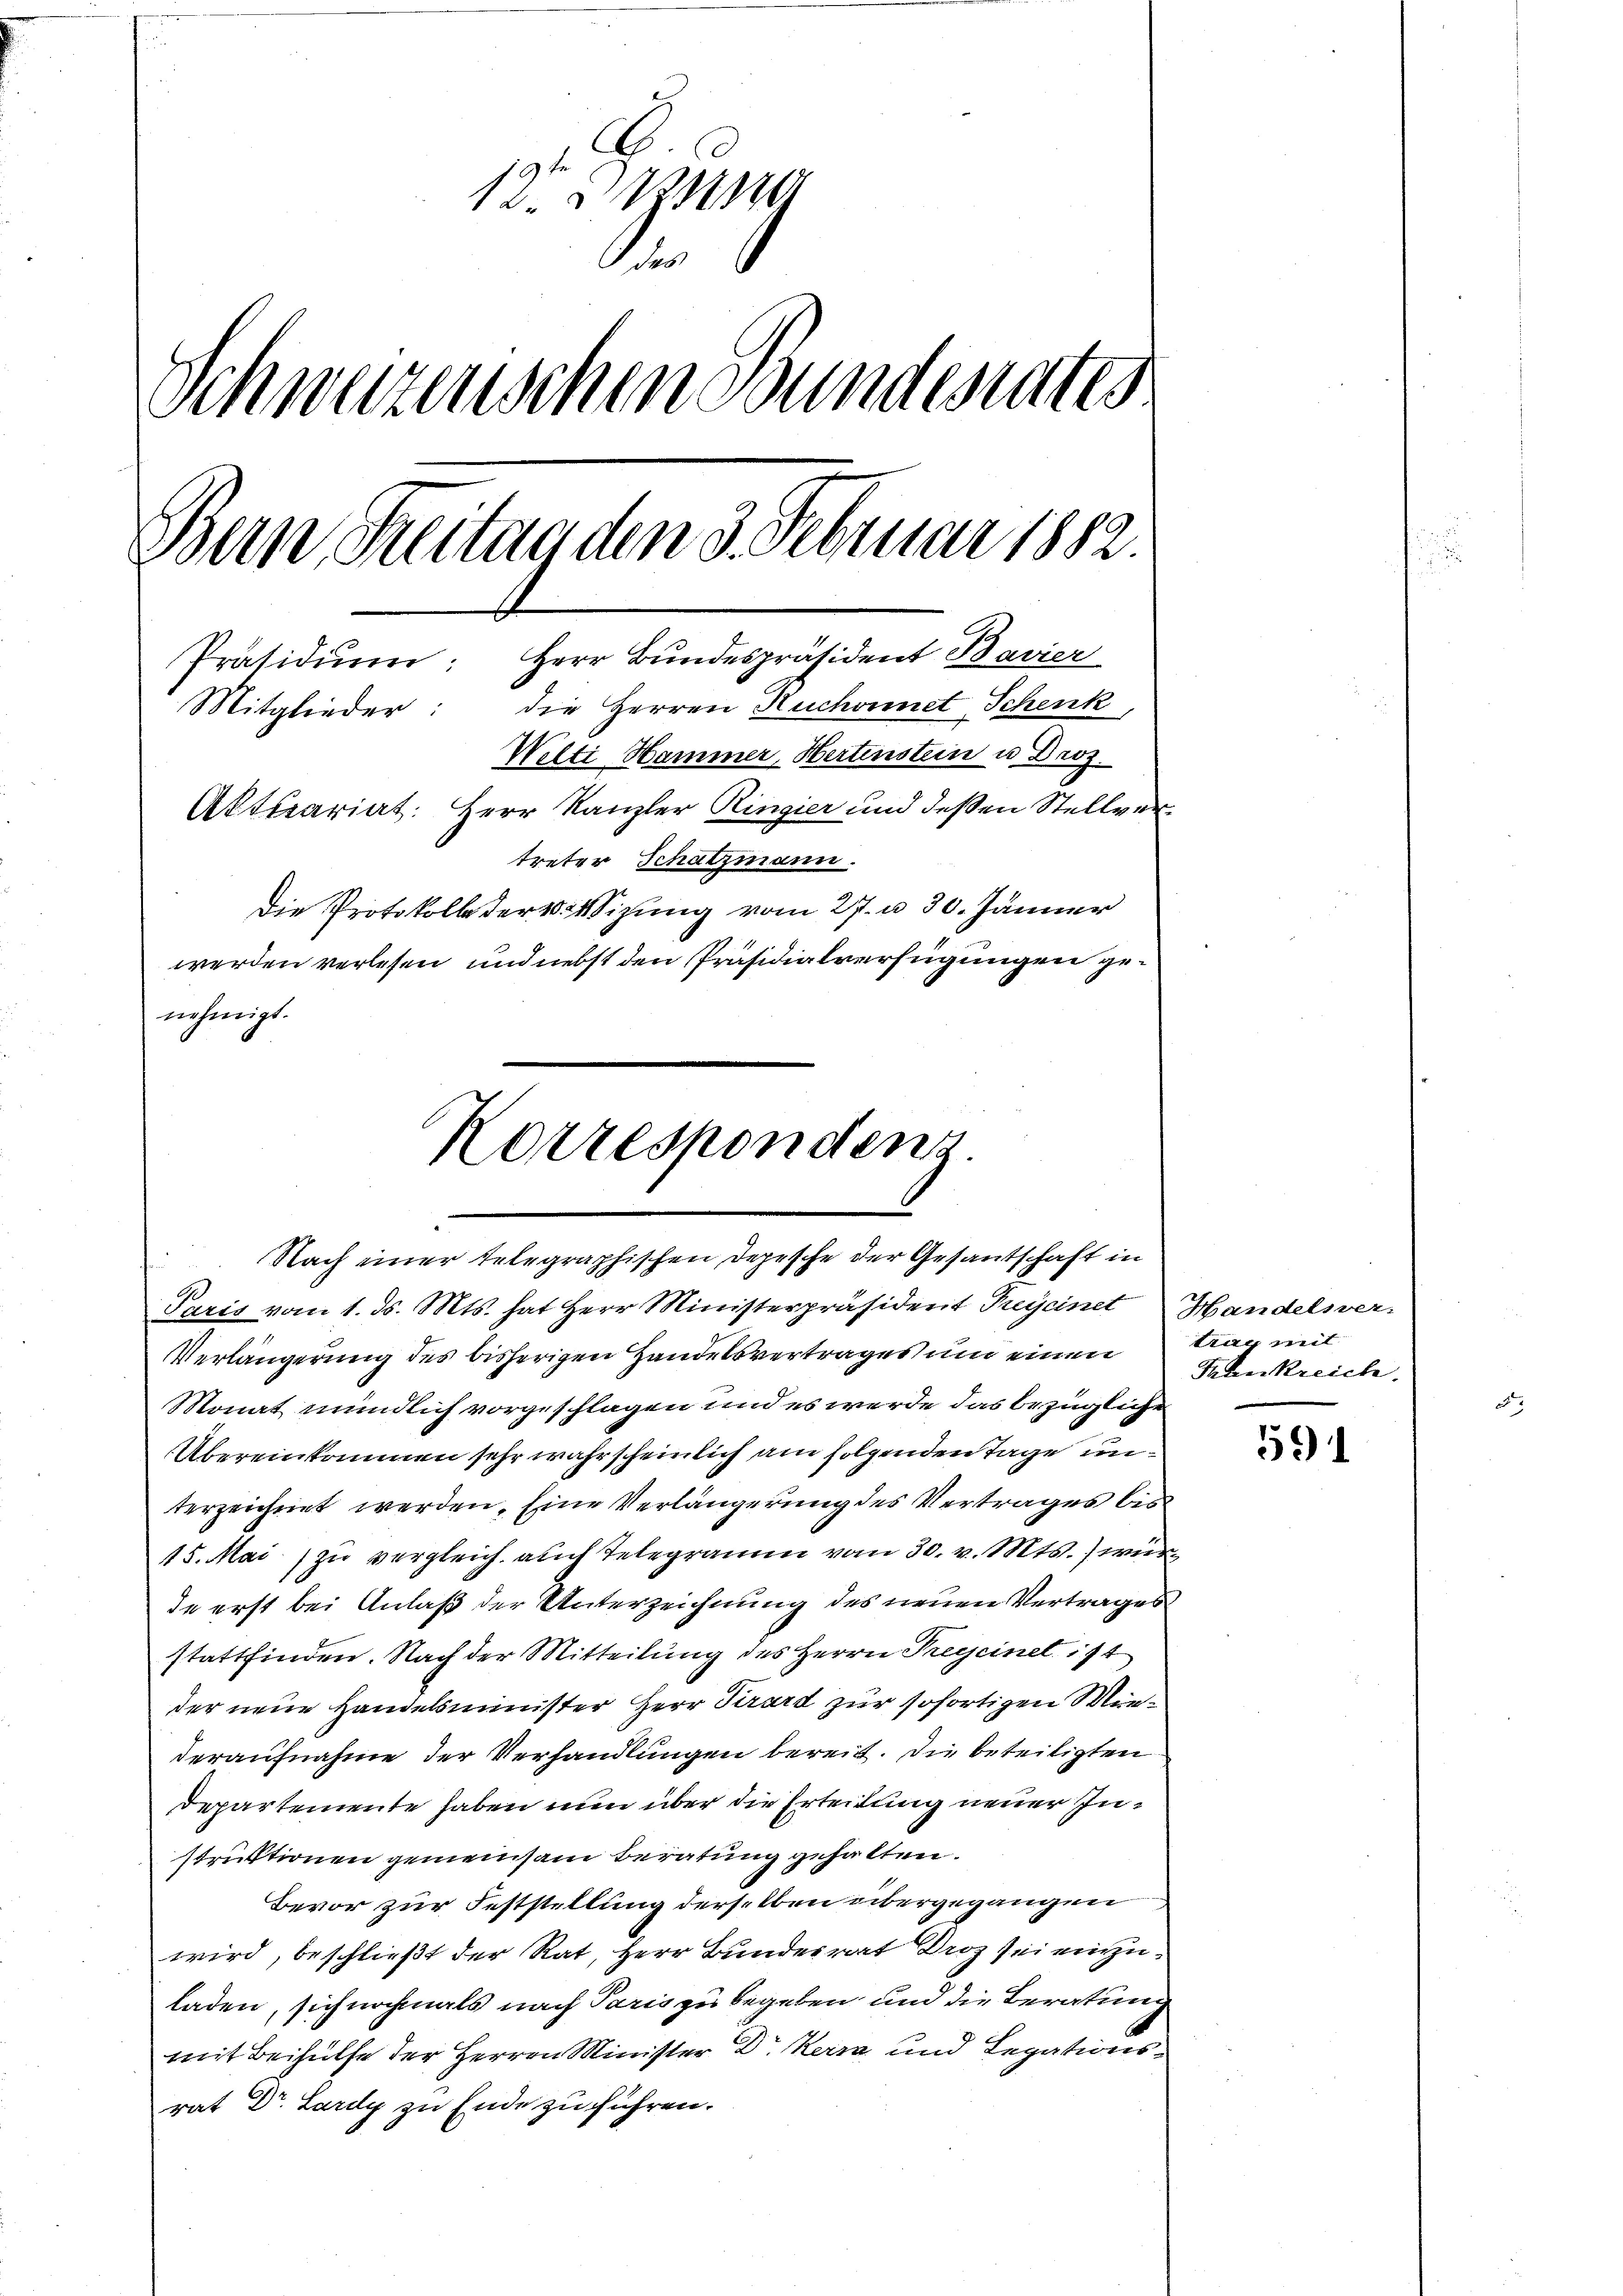
1210
Fes
Schwazenschen Bundester
.
Bun, Sonntag den 3. Februar 1882.
Präsidiŭm: Herr Bundespräsident Bavier
Mitglieder: die Herren Huchornet Schenk,
Welti Hammer, Hertenstein u Droz.
Aktuariat. Herr Kanzler Ringier und deßen Stellvertreter Schatzmann.
Die Protokoll der 40 izung vom 27. u. 30. Jänner
werden verlesen und nebst den Präsidialverfügungen genehmigt.

Korresponden
Nach einer telegraphischen Depesche der Gesantschaft in
Paris vom 1. ds. Mts. hat Herr Ministerpräsidert Preycinet Handelsver-

Verlängerung des bisherigen Handelsvertrages um einen trag mit
Monat mündlich vorgeschlagen und es werde das bezügliche
Übereinkommen sehr wahrscheinlich am folgenden Tage unterzeichnet werden. Eine Verlängerung des Vertrages bis
15. Mai zu vergleich auch Telegramm vom 30. v. Mts. wurd
de erst bei Anlaß der Unterzeichnung des neuen Vertrages
stattfinden. Nach der Mitteilung des Herrn Preyseinet 174
der neue Handelsminister Herr Prard zur sofortigen Minderaufnahme der Verhandlungen bereit. Die beteiligten
Departemente haben nun über die Erleitung neuer Instruktionen gemeinsam beratung gehalten.
Bevor zur Feststellung derselben übergegangen
wird, beschließt der Rat, Herr Bundesrat Droz sei einzuladen, sich nochmals nach Paris zu begeben und die Beratung
mit Beihülfe der Herren Minister Dr. Kerra und Legationsrat Dr. Lardy zu Ende zu führen.

Frankreiche

591